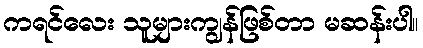
ကရင်လေး သူများကျွန်ဖြစ်တာ မဆန်းပါ။